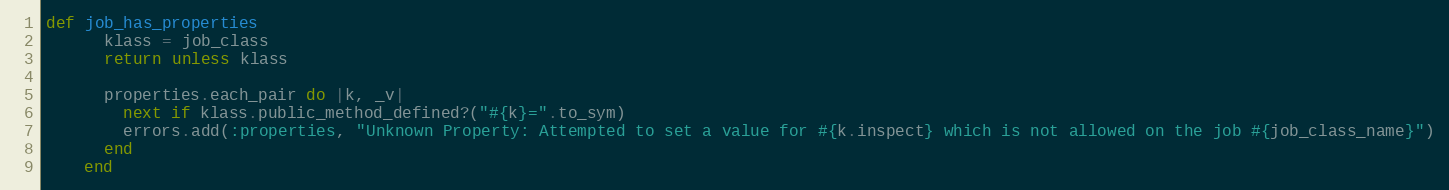
Language: Ruby
def job_has_properties
      klass = job_class
      return unless klass

      properties.each_pair do |k, _v|
        next if klass.public_method_defined?("#{k}=".to_sym)
        errors.add(:properties, "Unknown Property: Attempted to set a value for #{k.inspect} which is not allowed on the job #{job_class_name}")
      end
    end